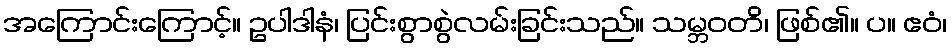
အကြောင်းကြောင့်။ ဥပါဒါနံ၊ ပြင်းစွာစွဲလမ်းခြင်းသည်။ သမ္ဘဝတိ၊ ဖြစ်၏။ ပ။ ဧဝံ၊